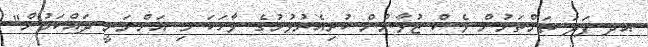
އދ ފަދަ ތަންތަނުން ވެސް ޒުވާނުން ކުރިއެރުވުމުގެ ވާހަކަ މި އަންނަނީ ދައްކަމުން"